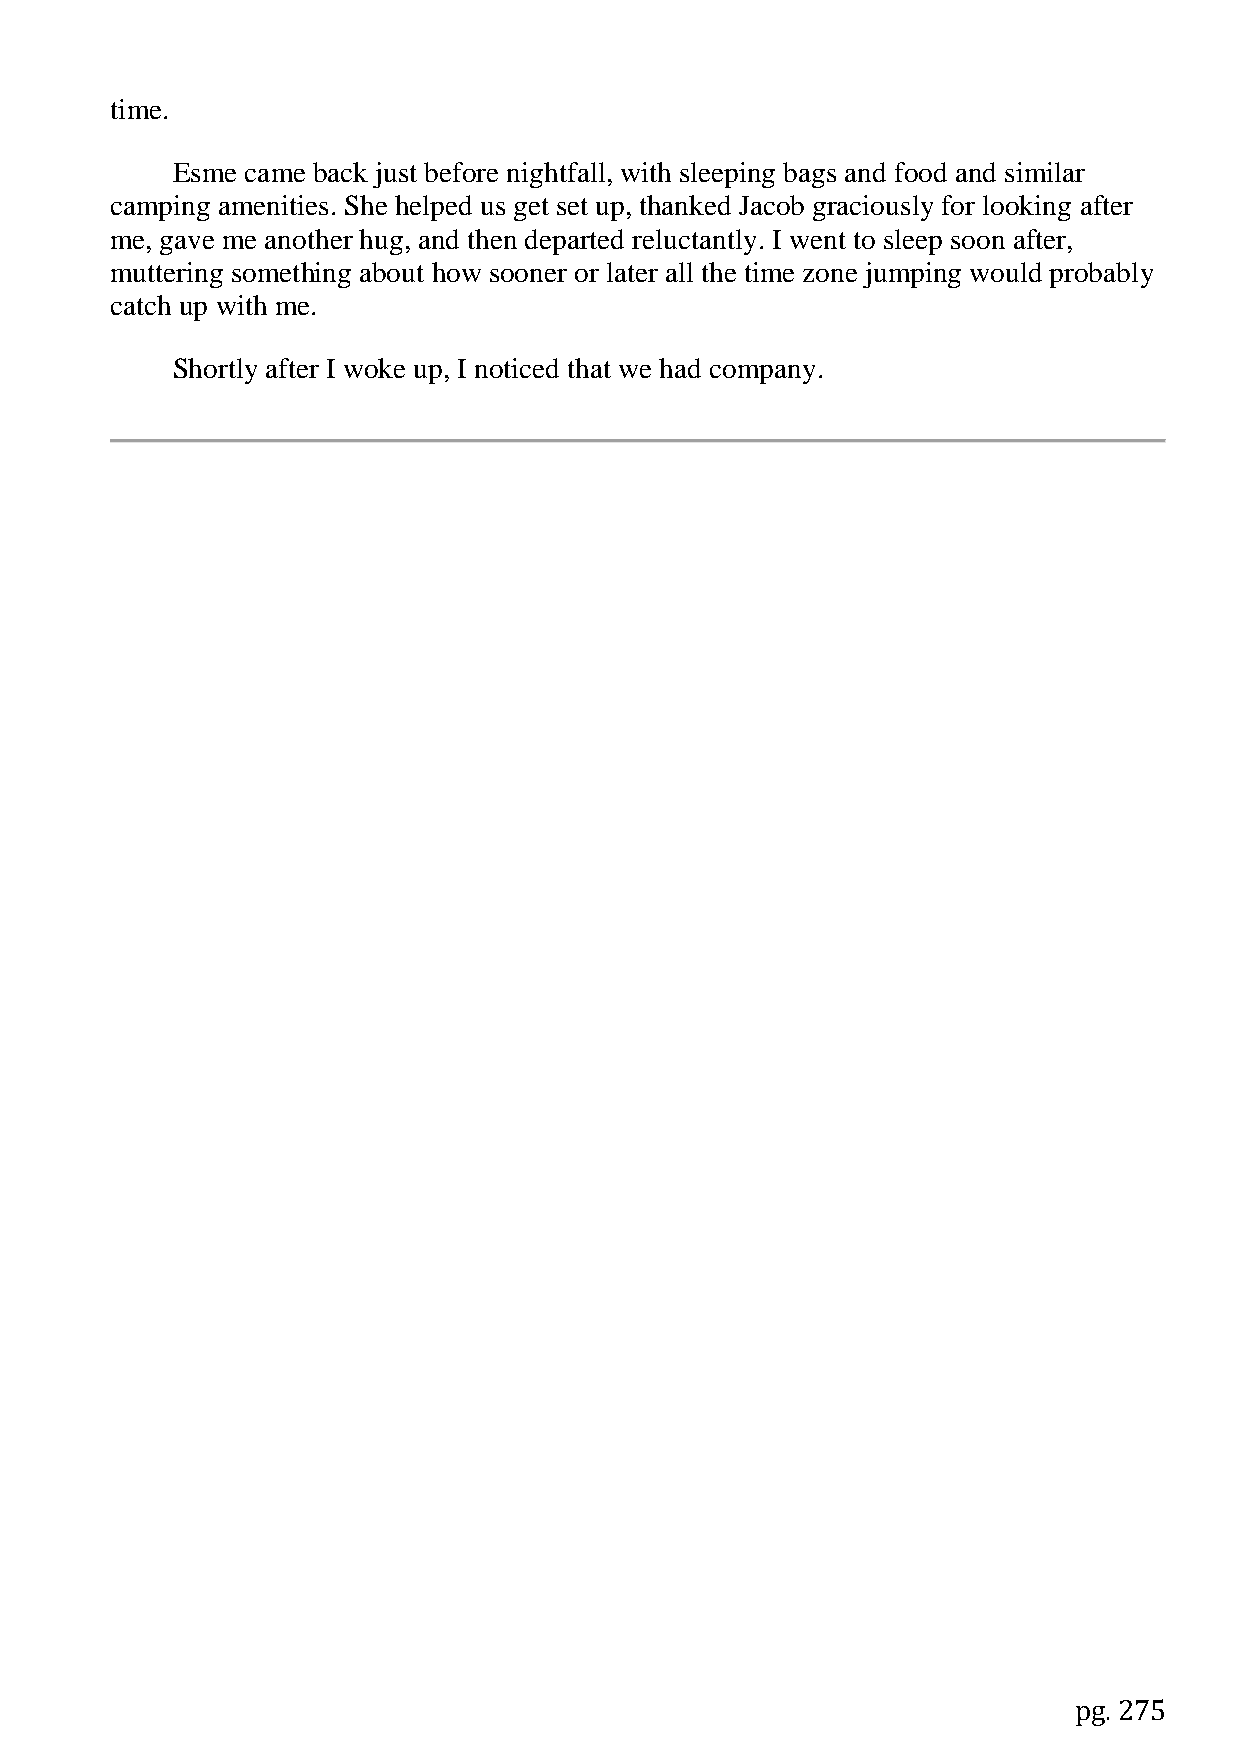
time.
 Esme came back just before nightfall, with sleeping bags and food and similar
 camping amenities. She helped us get set up, thanked Jacob graciously for looking after
 me, gave me another hug, and then departed reluctantly. I went to sleep soon after,
 muttering something about how sooner or later all the time zone jumping would probably
 catch up with me.
 Shortly after I woke up, I noticed that we had company.
 pg. 275